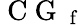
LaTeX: \mathrm{~C~G~}_{\mathrm{~f~}}